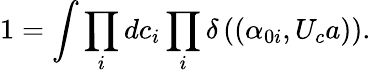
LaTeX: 1=\int\prod_{i}dc_{i}\prod_{i}\delta\left((\alpha_{0i},U_{c}a)\right).